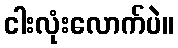
ငါးလုံးလောက်ပဲ။